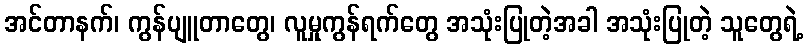
အင်တာနက်၊ ကွန်ပျူတာတွေ၊ လူမှုကွန်ရက်တွေ အသုံးပြုတဲ့အခါ အသုံးပြုတဲ့ သူတွေရဲ့